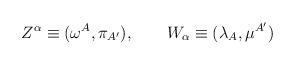
LaTeX: \begin{align*}Z^\alpha\equiv (\omega^A,\pi_{A'}),\ \ \ \ \ \ W_\alpha\equiv (\lambda_A,\mu^{A'})\end{align*}